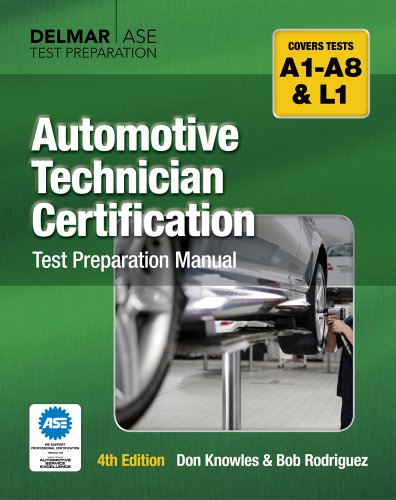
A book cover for Automotive Technician Certification Test Preparation Manual; Don Knowles; Test Preparation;